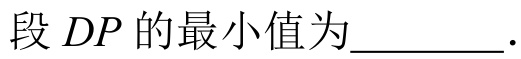
段 \(DP\) 的最小值为\_\_\_\_\_ 。